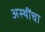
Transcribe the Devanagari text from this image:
अस्थींचा